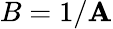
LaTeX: B=1/\mathbf{A}